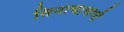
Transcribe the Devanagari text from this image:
विनाचाचणी